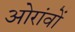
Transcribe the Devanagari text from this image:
ओरांवों